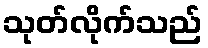
သုတ်လိုက်သည်